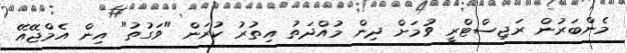
މެންބަރުން ރަޖިސްޓްރީ ވުމަށް ދިން މުއްދަތު އިތުރު ކުރަން "ވަގުތު" އިން އެމްޖޭއޭ